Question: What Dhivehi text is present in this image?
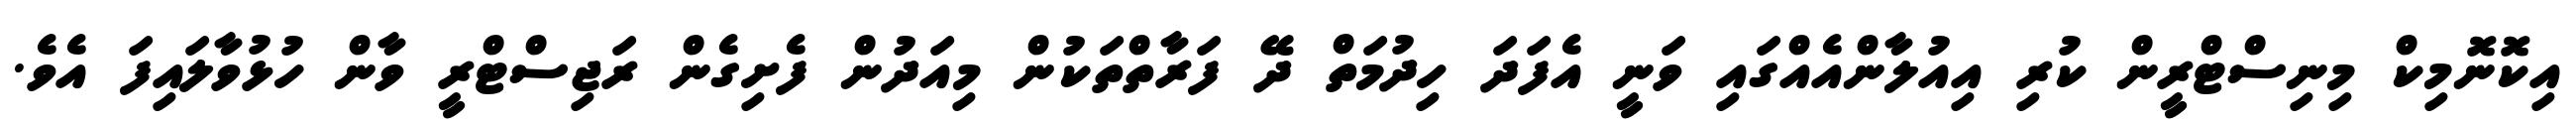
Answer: އިކޮނޮމިކް މިނިސްޓްރީން ކުރި އިއުލާންއެއްގައި ވަނީ އެފަދަ ހިދުމަތް ދޭ ފަރާތްތަކުން މިއަދުން ފެށިގެން ރަޖިސްޓްރީ ވާން ހުޅުވާލައިފަ އެވެ.